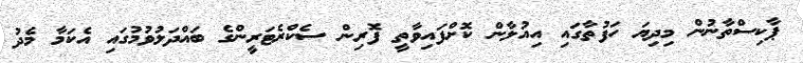
ޕާކިސްތާނުން މިދިޔަ ހަފުތާގައި އިއުލާން ކޮށްފައިވާތީ ފޮރިން ސެކްރެޓަރީންގެ ބައްދަލުވުމުގައި އެކަމާ މެދު